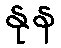
နုန